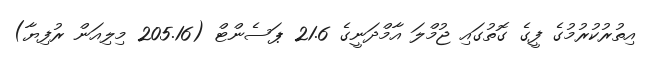
އިތުރުކުރުމުގެ ފީގެ ގޮތުގައި ޖުމްލަ އާމްދަނީގެ 21.6 ޕަސެންޓް (205.16 މިލިއަން ރުފިޔާ)